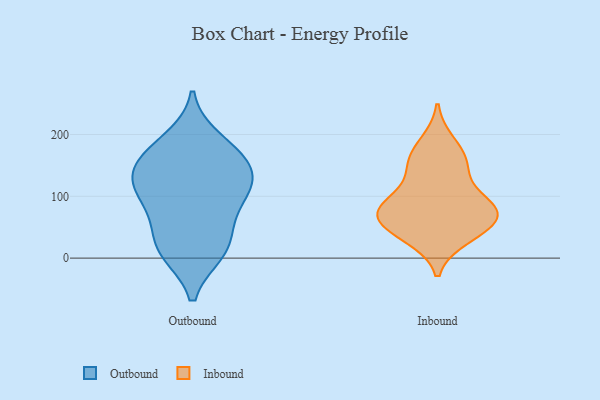
{"axis": {"x": "Customer Acquisition Cost (USD)", "y": "Value"}, "legend": ["Inbound", "Outbound"], "data": [{"x": "", "y": 55, "type": "Outbound"}, {"x": "", "y": 167, "type": "Outbound"}, {"x": "", "y": 10, "type": "Outbound"}, {"x": "", "y": 80, "type": "Outbound"}, {"x": "", "y": 152, "type": "Outbound"}, {"x": "", "y": 105, "type": "Outbound"}, {"x": "", "y": 191, "type": "Outbound"}, {"x": "", "y": 123, "type": "Outbound"}, {"x": "", "y": 123, "type": "Outbound"}, {"x": "", "y": 17, "type": "Outbound"}, {"x": "", "y": 14, "type": "Outbound"}, {"x": "", "y": 119, "type": "Outbound"}, {"x": "", "y": 165, "type": "Outbound"}, {"x": "", "y": 75, "type": "Inbound"}, {"x": "", "y": 40, "type": "Inbound"}, {"x": "", "y": 33, "type": "Inbound"}, {"x": "", "y": 76, "type": "Inbound"}, {"x": "", "y": 136, "type": "Inbound"}, {"x": "", "y": 187, "type": "Inbound"}, {"x": "", "y": 51, "type": "Inbound"}, {"x": "", "y": 92, "type": "Inbound"}, {"x": "", "y": 84, "type": "Inbound"}, {"x": "", "y": 158, "type": "Inbound"}, {"x": "", "y": 62, "type": "Inbound"}, {"x": "", "y": 156, "type": "Inbound"}, {"x": "", "y": 81, "type": "Inbound"}]}